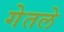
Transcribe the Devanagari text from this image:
गेतले